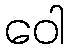
ဝေါ